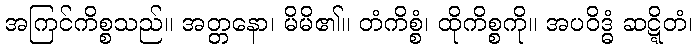
အကြင်ကိစ္စသည်။ အတ္တနော၊ မိမိ၏။ တံကိစ္စံ၊ ထိုကိစ္စကို။ အပဝိဒ္ဓံ ဆဋ္ဋိတံ၊